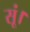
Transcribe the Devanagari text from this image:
सूं।